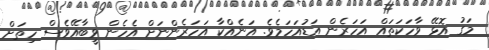
މަގު އޮޅޭ ވާހަކަތައް އަހަރެން އަޑުއަހަމެވެ. އަނެއްކާ އަހަރެންނަށް އެހެން ވީބާއޭވެސް ހިތަށް